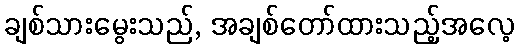
ချစ်သားမွေးသည်, အချစ်တော်ထားသည့်အလေ့